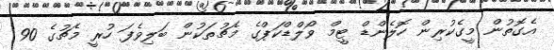
އެގޮތުން މީގެކުރިން ހޮލެންޑް ޓީމް ވޯލްޑްކަޕްގެ މެޗުތަކުން ބަލިވެފަ ހުރީ މެޗުގެ 90